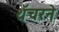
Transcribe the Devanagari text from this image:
थॅचरने